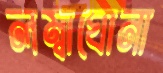
লম্বাঘোনা